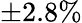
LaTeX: \pm 2.8\%